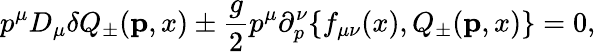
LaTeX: p^{\mu}D_{\mu}\delta Q_{\pm}({\mathbf p},x)\pm{\frac{g}{2}}p^{\mu}\partial_{p}^{\nu}\{ f_{\mu\nu}(x),Q_{\pm}({\mathbf p},x)\} =0,